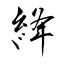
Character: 絳